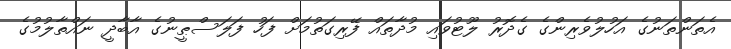
އެތަންތަނުގެ އަހުލުވެރިންގެ ގެދޮރު ލޫޓުވައި މުދާތައް ފޭރިގަތުމަށް ފަހު ފަލަސްޠީނުގެ އާބާދީ ނައްތާލުމުގެ